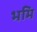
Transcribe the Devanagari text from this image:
भमि